Civil Veterinary Dept. Assam report 1927-50 - 1927-1950
Year: 1927
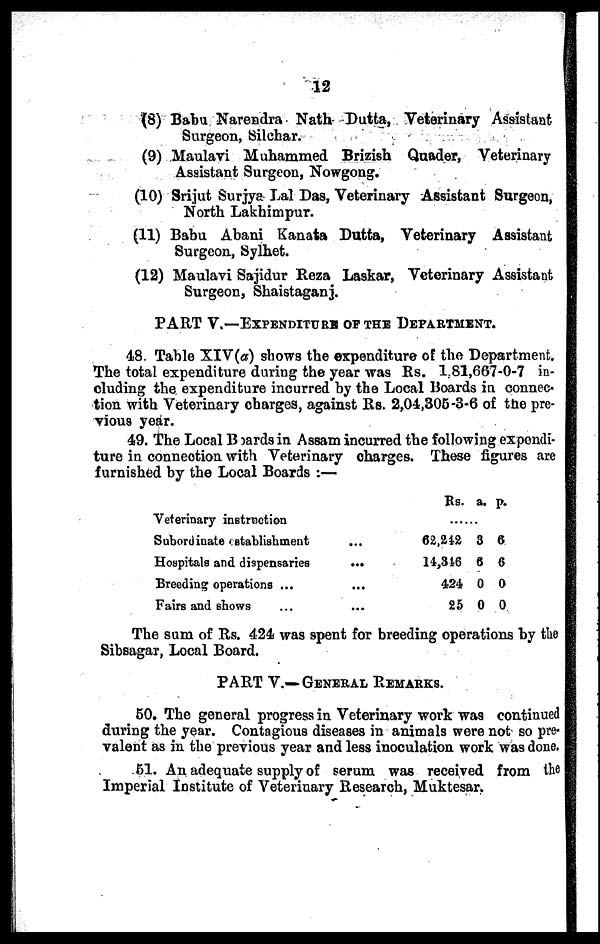
12
(8) Babu Narendra Nath Dutta, Veterinary Assistant
Surgeon, Silchar.
(9) Maulavi Muhammed Brizish Quader, Veterinary
Assistant Surgeon, Nowgong.
(10) Srijut Surjya Lal Das, Veterinary Assistant Surgeon,
North Lakhimpur.
(11) Babu Abani Kanata Dutta, Veterinary Assistant
Surgeon, Sylhet.
(12) Maulavi Sajidur Reza Laskar, Veterinary Assistant
Surgeon, Shaistaganj.
PART V.—EXPENDITURE OF THE DEPARTMENT.
48. Table XIV(a) shows the expenditure of the Department
The total expenditure during the year was Rs. 1,81,667-0-7 in-
cluding the expenditure incurred by the Local Boards in connec-
tion with Veterinary charges, against Rs. 2,04,305-3-6 of the pre-
vious year.
49. The Local Boards in Assam incurred the following expendi-
ture in connection with Veterinary charges. These figures are
furnished by the Local Boards :—
Veterinary instruction
Subordinate establishment
Hospitals and dispensaries
Breeding operations ...
Fairs and shows ...
...
...
...
...
Rs. a. p.
......
62,242
14,346
424
25
8
6
0
0
6
6
0
0
The sum of Rs. 424 was spent for breeding operations by the
Sibsagar, Local Board.
PART V.—GENERAL REMARKS.
50. The general progress in Veterinary work was continued
during the year. Contagious diseases in animals were not so pre-
valent as in the previous year and less inoculation work was done.
61. An adequate supply of serum was received from the
Imperial Institute of Veterinary Research, Muktesar.